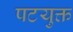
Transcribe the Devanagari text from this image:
पटयुक्त